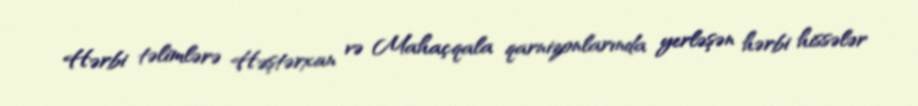
Hərbi təlimlərə Həştərxan və Mahaçqala qarnizonlarında yerləşən hərbi hissələr